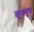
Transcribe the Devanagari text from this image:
ख़ुशनूद